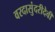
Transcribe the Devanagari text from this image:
वरदासुंदरीदेवी